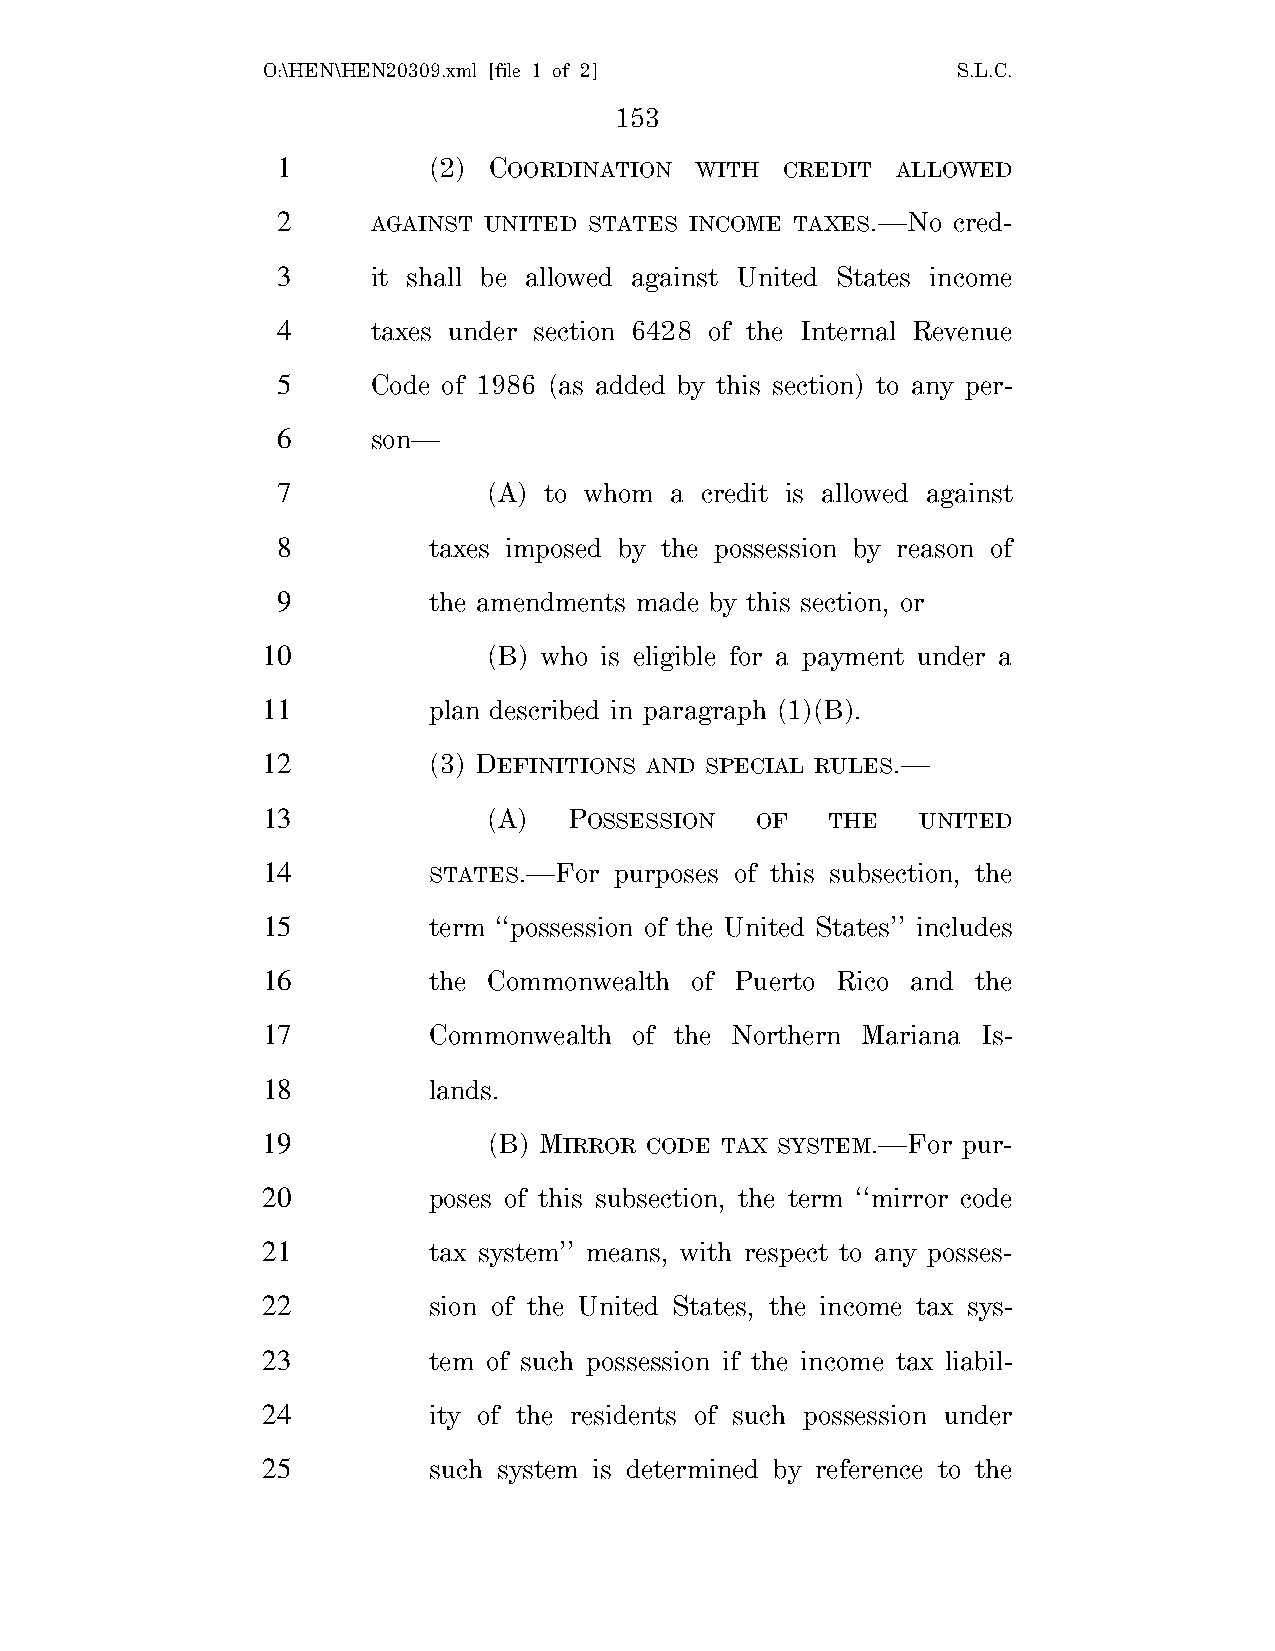
O:\HEN\HEN20309.xml [file 1 of 2]             S.L.C.
 153
 1         (2) COORDINATION  WITH  CREDIT ALLOWED
 2      AGAINST UNITED STATES INCOME TAXES.—No cred-
 3      it shall be allowed against United States income
 4      taxes under section 6428 of the Internal Revenue
 5      Code of 1986 (as added by this section) to any per-
 6      son—
 7             (A) to whom a credit is allowed against
 8         taxes imposed by the possession by reason of
 9         the amendments made by this section, or
 10             (B) who is eligible for a payment under a
 11         plan described in paragraph (1)(B).
 12         (3) DEFINITIONS AND SPECIAL RULES.—
 13             (A)   POSSESSION  OF   THE   UNITED
 14         STATES.—For  purposes of this subsection, the
 15         term ‘‘possession of the United States’’ includes
 16         the Commonwealth  of Puerto Rico and the
 17         Commonwealth  of the Northern Mariana Is-
 18         lands.
 19             (B) MIRROR CODE TAX SYSTEM.—For pur-
 20         poses of this subsection, the term ‘‘mirror code
 21         tax system’’ means, with respect to any posses-
 22         sion of the United States, the income tax sys-
 23         tem of such possession if the income tax liabil-
 24         ity of the residents of such possession under
 25         such system is determined by reference to the